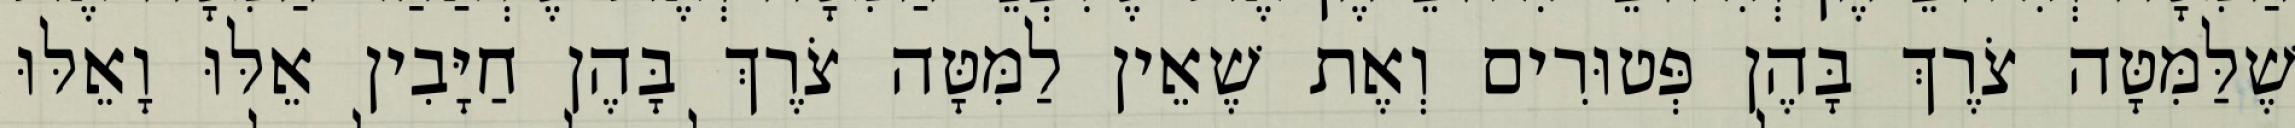
שֶׁלַּמִּטָּה צֹרֶךְ בָּהֶן פְּטוּרִים וְאֶת שֶׁאֵין לַמִּטָּה צֹרֶךְ בָּהֶן חַיָּבִין אֵלּוּ וָאֵלּוּ